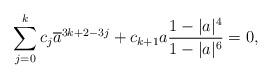
LaTeX: \begin{align*}\sum_{j=0}^kc_j\overline{a}^{3k+2-3j}+c_{k+1}a\frac{1-|a|^4}{1-|a|^6}=0,\end{align*}